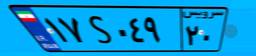
۰۷S۸۹۶۴۴